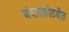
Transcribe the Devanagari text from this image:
अंधारकोठडीत